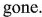
gone.